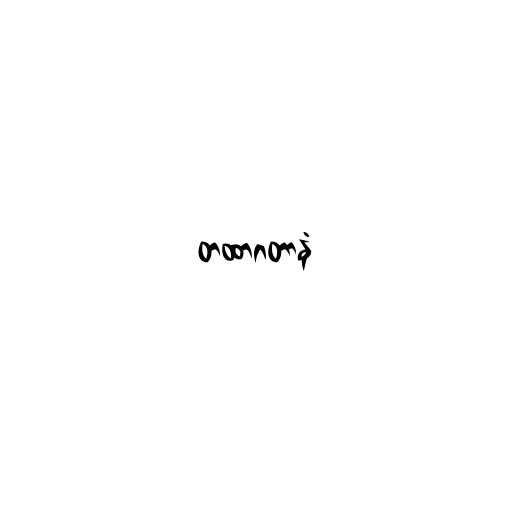
တထာဂတာနံ